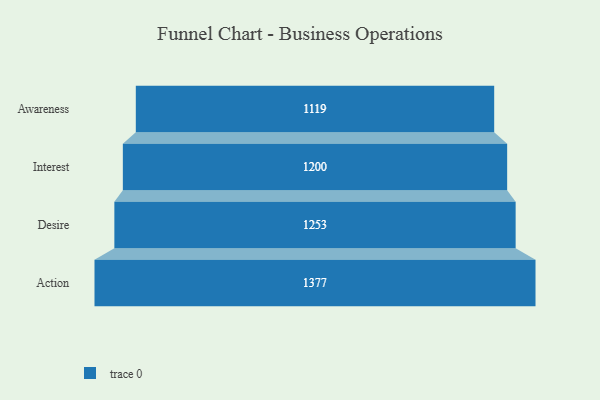
{"axis": {"x": "Stage", "y": "Value"}, "legend": [""], "data": [{"x": "Awareness", "y": 1119.0, "type": ""}, {"x": "Interest", "y": 1200.0, "type": ""}, {"x": "Desire", "y": 1253.0, "type": ""}, {"x": "Action", "y": 1377.0, "type": ""}]}